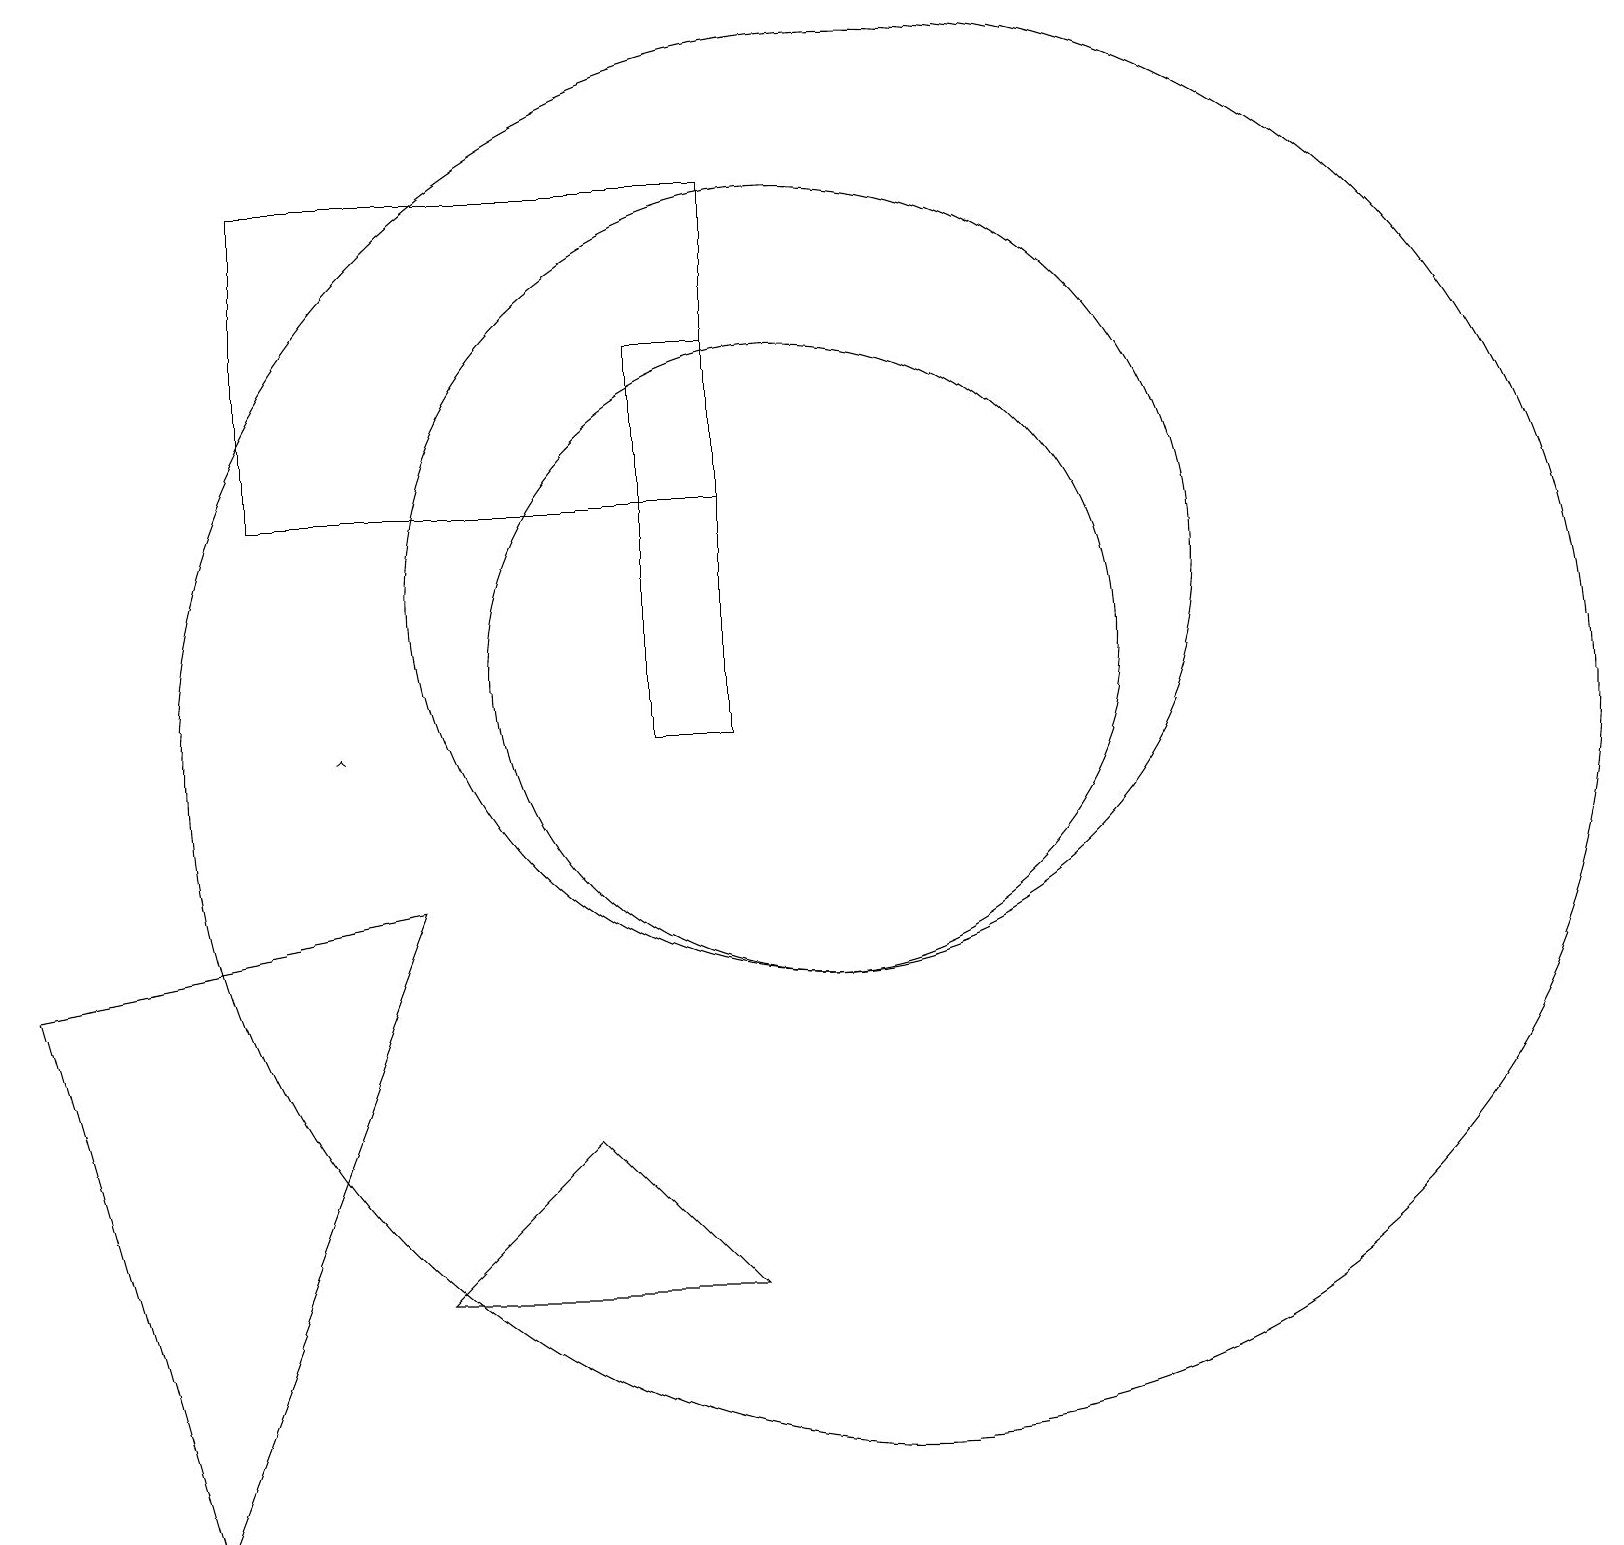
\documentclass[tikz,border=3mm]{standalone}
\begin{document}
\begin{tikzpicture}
\draw[->] (4,10) -- (4,10);
\draw (0,7) -- (2,0) -- (5,8) -- cycle;
\draw (11,10) circle (9);
\draw (10,11) circle (4);
\draw (9,3) -- (7,5) -- (5,3) -- cycle;
\draw (3,17) rectangle (9,13);
\draw (10,12) circle (5);
\draw (9,10) rectangle (8,15);
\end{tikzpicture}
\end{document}